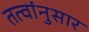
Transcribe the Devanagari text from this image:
तत्वांनुसार